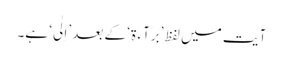
آیت میں لفظ ’بَرَآءَ ۃ‘ کے بعد ’اِلٰی‘ ہے۔